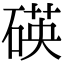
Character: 碤